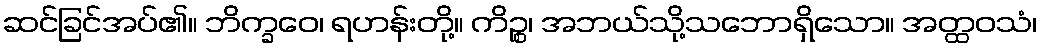
ဆင်ခြင်အပ်၏။ ဘိက္ခဝေ၊ ရဟန်းတို့။ ကိဉ္စ၊ အဘယ်သို့သဘောရှိသော။ အတ္ထဝသံ၊